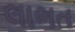
લાભત